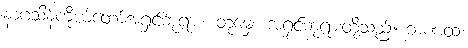
နာဂသိန်ကိုယ်တော်အရှင်ဘုရား။ တုမှေ၊ အရှင်ဘုရားတို့သည်။ ဘဏထ၊